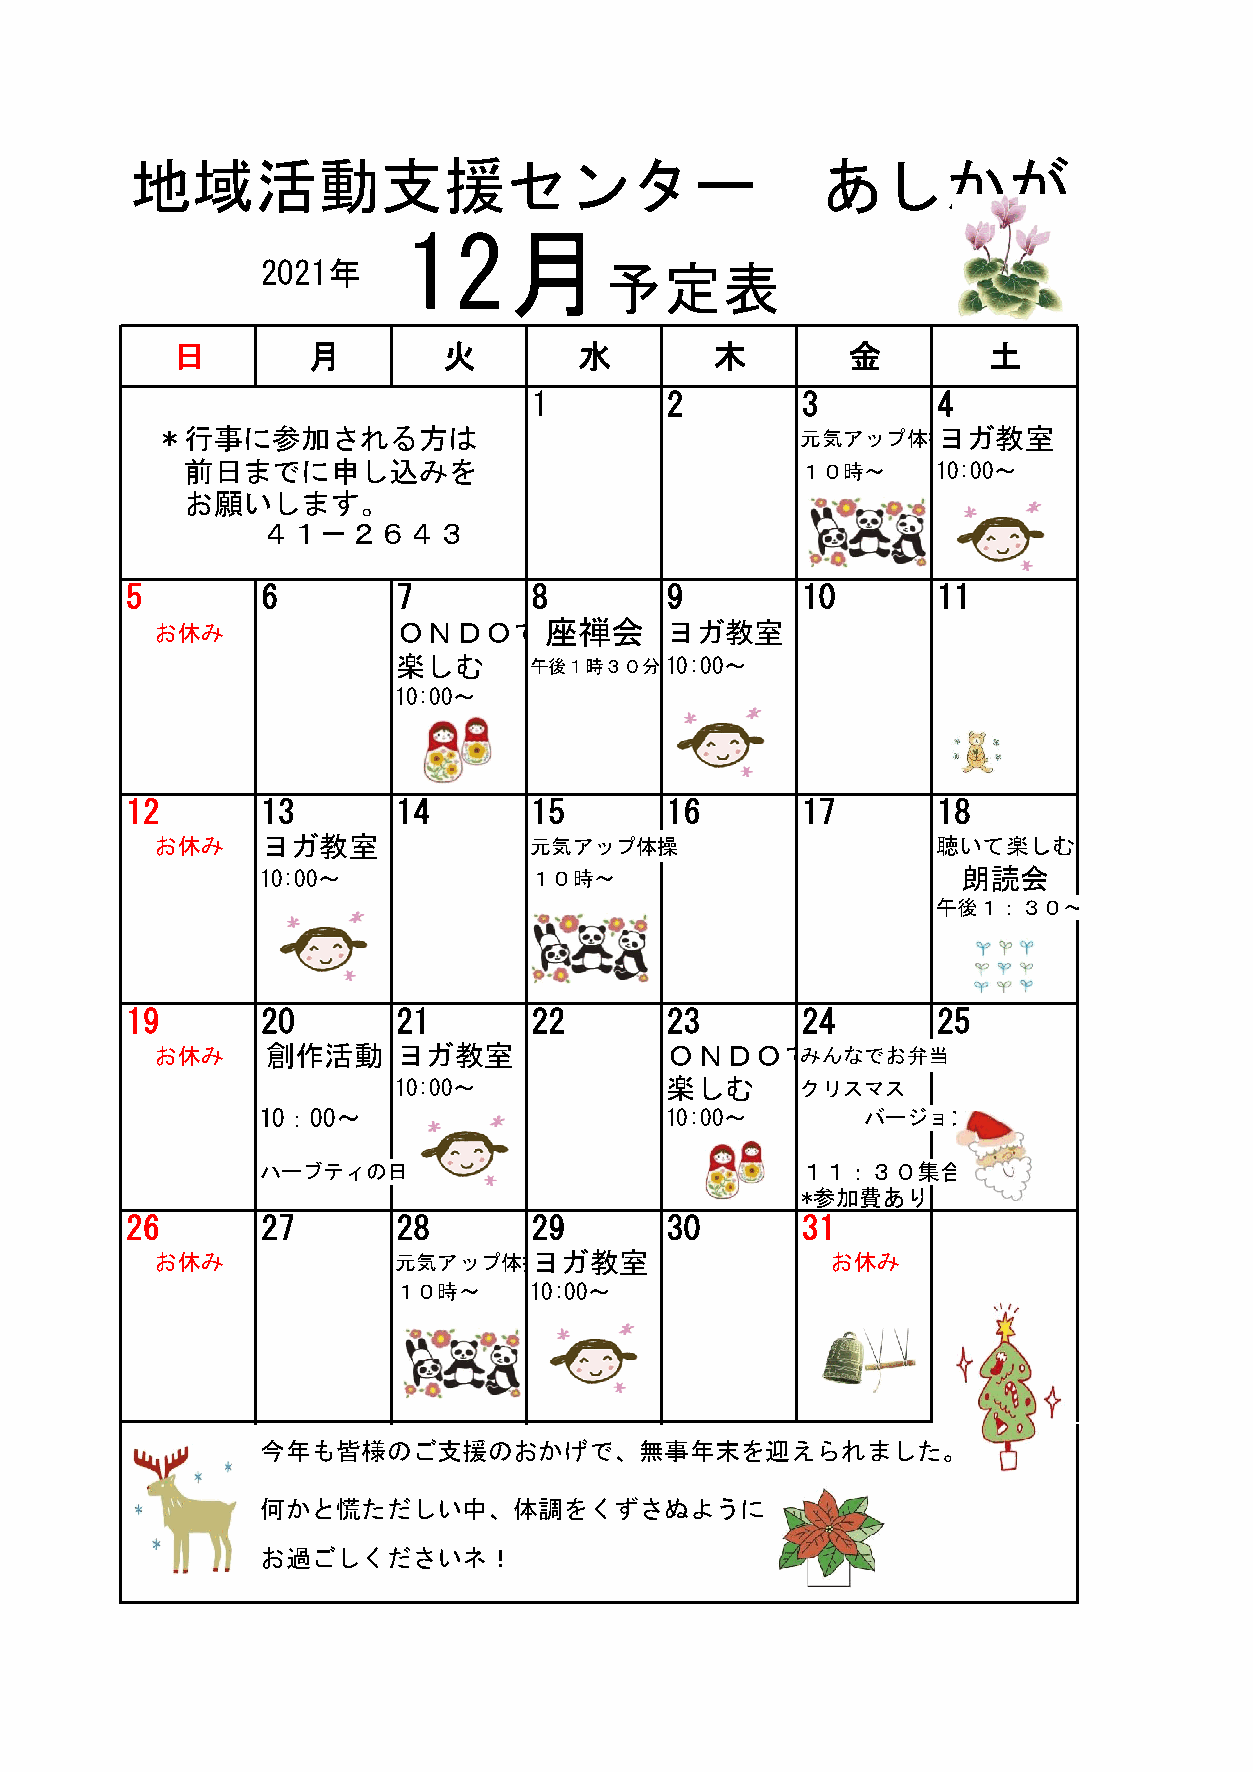
地域活動支援センター                                   あしかが
 12月
 2021年                  予定表
 日        月        火        水        木        金        土
 1        2        3        4
 ＊行事に参加される方は                                元気アップ体操ヨガ教室
 前日までに申し込みを                               １０時～     10:00～
 お願いします。
 ４１－２６４３
 5        6        7        8        9        10       11
 お休み             ＯＮＤＯで座禅会          ヨガ教室
 楽しむ      午後１時３０分～10:00～
 10:00～
 12       13       14       15       16       17       18
 お休み    ヨガ教室              元気アップ体操                    聴いて楽しむ
 10:00～            １０時～                         朗読会
 午後１：３０～
 19       20       21       22       23       24       25
 お休み     創作活動    ヨガ教室              ＯＮＤＯでみんなでお弁当
 10:00～            楽しむ      クリスマス
 10：00～                     10:00～       バージョン
 ハーブティの日                             １１：３０集合
 *参加費あり
 26       27       28       29       30       31
 お休み             元気アップ体操ヨガ教室                  お休み
 １０時～     10:00～
 今年も皆様のご支援のおかげで、無事年末を迎えられました。
 何かと慌ただしい中、体調をくずさぬように
 お過ごしくださいネ！